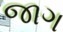
જાગ